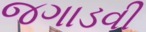
જગાડવી